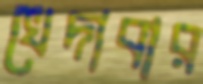
খেদাবার